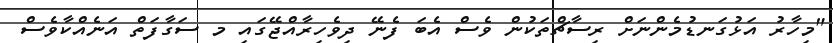
"މިހާރު އަޅުގަނޑުމެންނަށް ރިސާޗްތަކުން ވެސް އެބަ ފެނޭ ދިވެހިރާއްޖޭގައި މ ސަގާފަތް އަނެއްކާވެސް